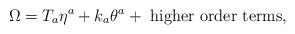
LaTeX: \begin{align*}\Omega = T_a \eta^a + k_a \theta^a + {\rm\ higher\ order\ terms},\end{align*}